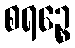
စရဉ္စေ